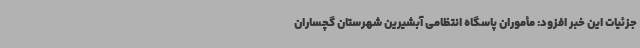
جزئیات این خبر افزود: مأموران پاسگاه انتظامی آبشیرین شهرستان گچساران